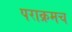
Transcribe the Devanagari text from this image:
पराक्रमच